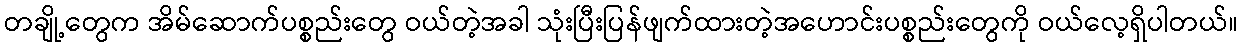
တချို့တွေက အိမ်ဆောက်ပစ္စည်းတွေ ဝယ်တဲ့အခါ သုံးပြီးပြန်ဖျက်ထားတဲ့အဟောင်းပစ္စည်းတွေကို ဝယ်လေ့ရှိပါတယ်။